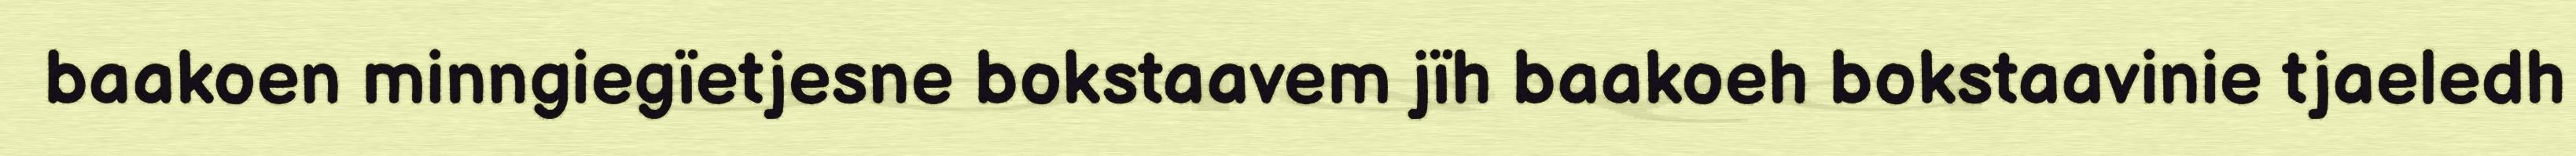
baakoen minngiegïetjesne bokstaavem jïh baakoeh bokstaavinie tjaeledh